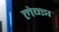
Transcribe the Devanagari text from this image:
लेन्झ